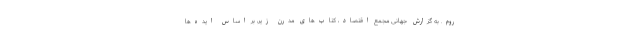
روم. به گزارش جهانی مجمع اقتصاد، کتاب‌های مدرن زیر، بر اساس ایده‌ها